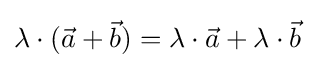
\lambda \cdot ({\vec {a}}+{\vec {b}})=\lambda \cdot {\vec {a}}+\lambda \cdot {\vec {b}}